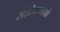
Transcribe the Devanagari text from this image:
संशोधकातर्फे